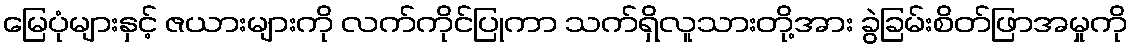
မြေပုံများနှင့် ဇယားများကို လက်ကိုင်ပြုကာ သက်ရှိလူသားတို့အား ခွဲခြမ်းစိတ်ဖြာအမှုကို